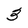
Character: 3